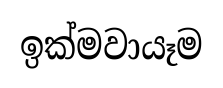
ඉක්මවායෑම